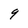
Character: 9